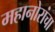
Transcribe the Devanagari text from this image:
महानोरांचा